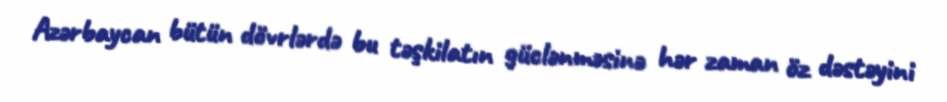
Azərbaycan bütün dövrlərdə bu təşkilatın güclənməsinə hər zaman öz dəstəyini